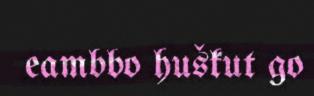
eambbo huškut go